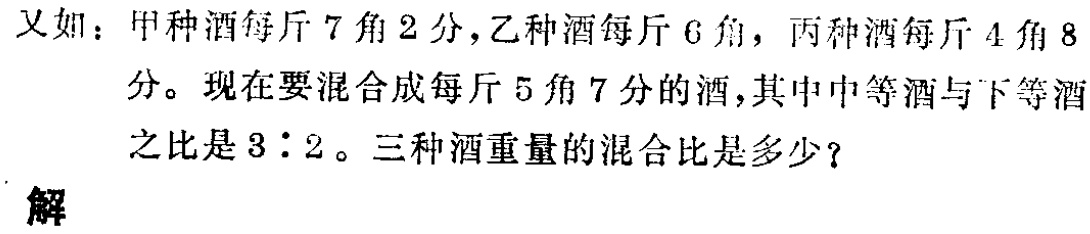
又如：甲种酒每斤\(7\)角\(2\)分，乙种酒每斤\(6\)角，丙种酒每斤\(4\)角\(8\)分。现在要混合成每斤\(5\)角\(7\)分的酒，其中中等酒与下等酒之比是\(3:2\)。三种酒重量的混合比是多少？

解